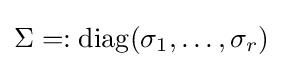
\Sigma =:\operatorname {diag} (\sigma _{1},\ldots ,\sigma _{r})